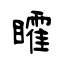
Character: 矐